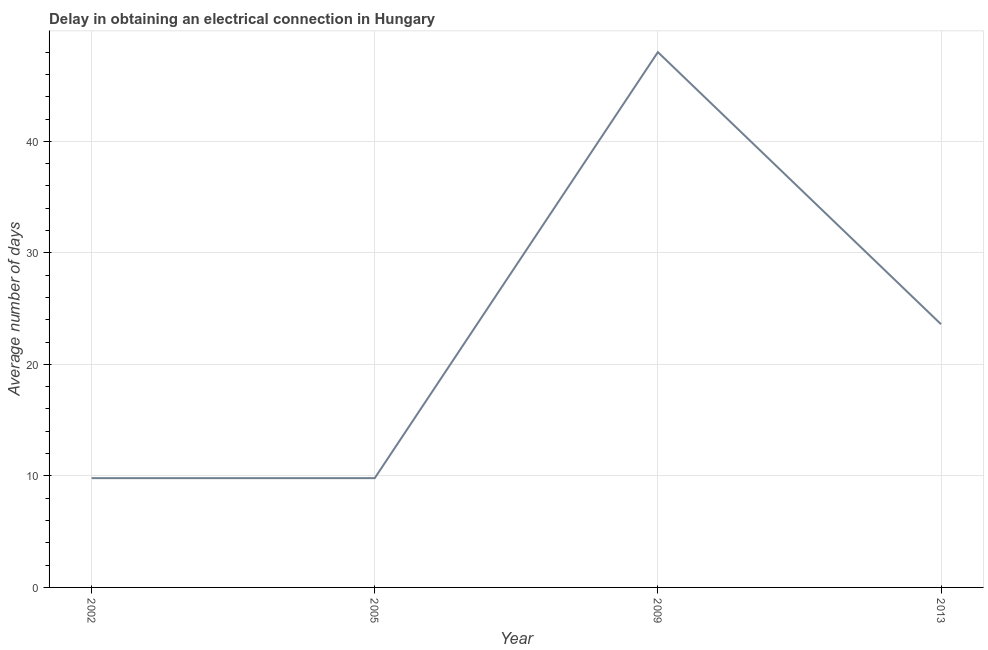
| Year | Dalay in Electrical connection |
 | --- | --- |
 | 2002 | 9.8 |
 | 2005 | 9.8 |
 | 2009 | 48 |
 | 2013 | 23.6 |